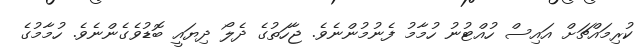
ކުރިމައްޗަށް އައިސް ހުއްޓުނު ހުމާމު ފެނުމުންނެވެ. ޖާހަތުގެ ދެލޯ ދިޔައީ ބޮޑުވެގެންނެވެ. ހުމާމުގެ